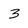
Character: 3